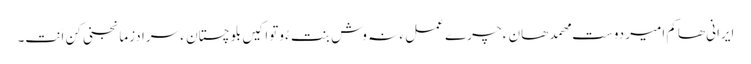
ایرانی ھاکم امیر دوست مھمد ھان ءِ چرے عمل ءَ نہ وش بنت ءُ وتواکیں بلوچستان ءِ سرا دزمانجنی کن اَنت۔